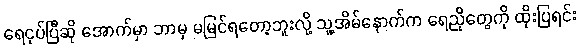
ရေငုပ်ပြီဆို အောက်မှာ ဘာမှ မမြင်ရတော့ဘူးလို့ သူ့အိမ်နောက်က ရေညိုတွေကို ထိုးပြရင်း